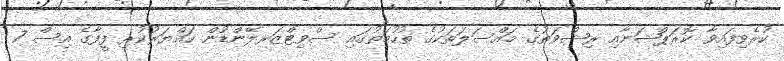
ކުރެވިފައިވާ ކޮރަޕްޝަނާއި ރިޝްވަތުގެ މައްސަލަތަކުގެ ތުހުމަތުގައި ސްވިޓްޒަރލޭންޑުން ހައްޔަރުކުރި ފީފާގެ އިސް 7